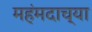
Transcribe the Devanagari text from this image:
महंमदाच्या